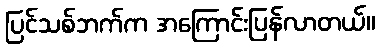
ပြင်သစ်ဘက်က အကြောင်းပြန်လာတယ်။